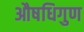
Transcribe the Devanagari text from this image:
औषधिगुण